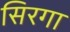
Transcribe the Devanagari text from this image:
सिरगा